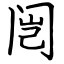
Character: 闿